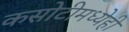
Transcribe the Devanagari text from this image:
कसोटीमध्येही